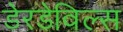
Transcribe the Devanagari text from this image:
डेरडेविल्स